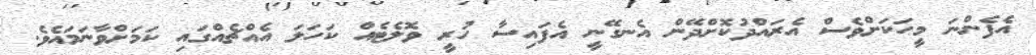
އެފެންނަ މީހަކަށްވެސް އެރައްދުކޮށްދޭން އެނގޭނީ އެފައިސާ ހުރީ ވޮލެޓެއް ކަހަލަ އެއްޗެއްގައި ކަމަށްވާނަމައެވެ.